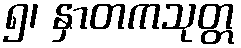
၅၊ နှာတကသုတ္တ